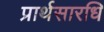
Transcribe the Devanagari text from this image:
प्रार्थसारधि